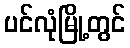
ပင်လုံမြို့တွင်